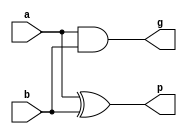
module carry_prop_gen(p,g,a,b);
	output [3:0] p,g;
	input [3:0] a,b;
	assign p = a^b;
	assign g = a&b;
endmodule